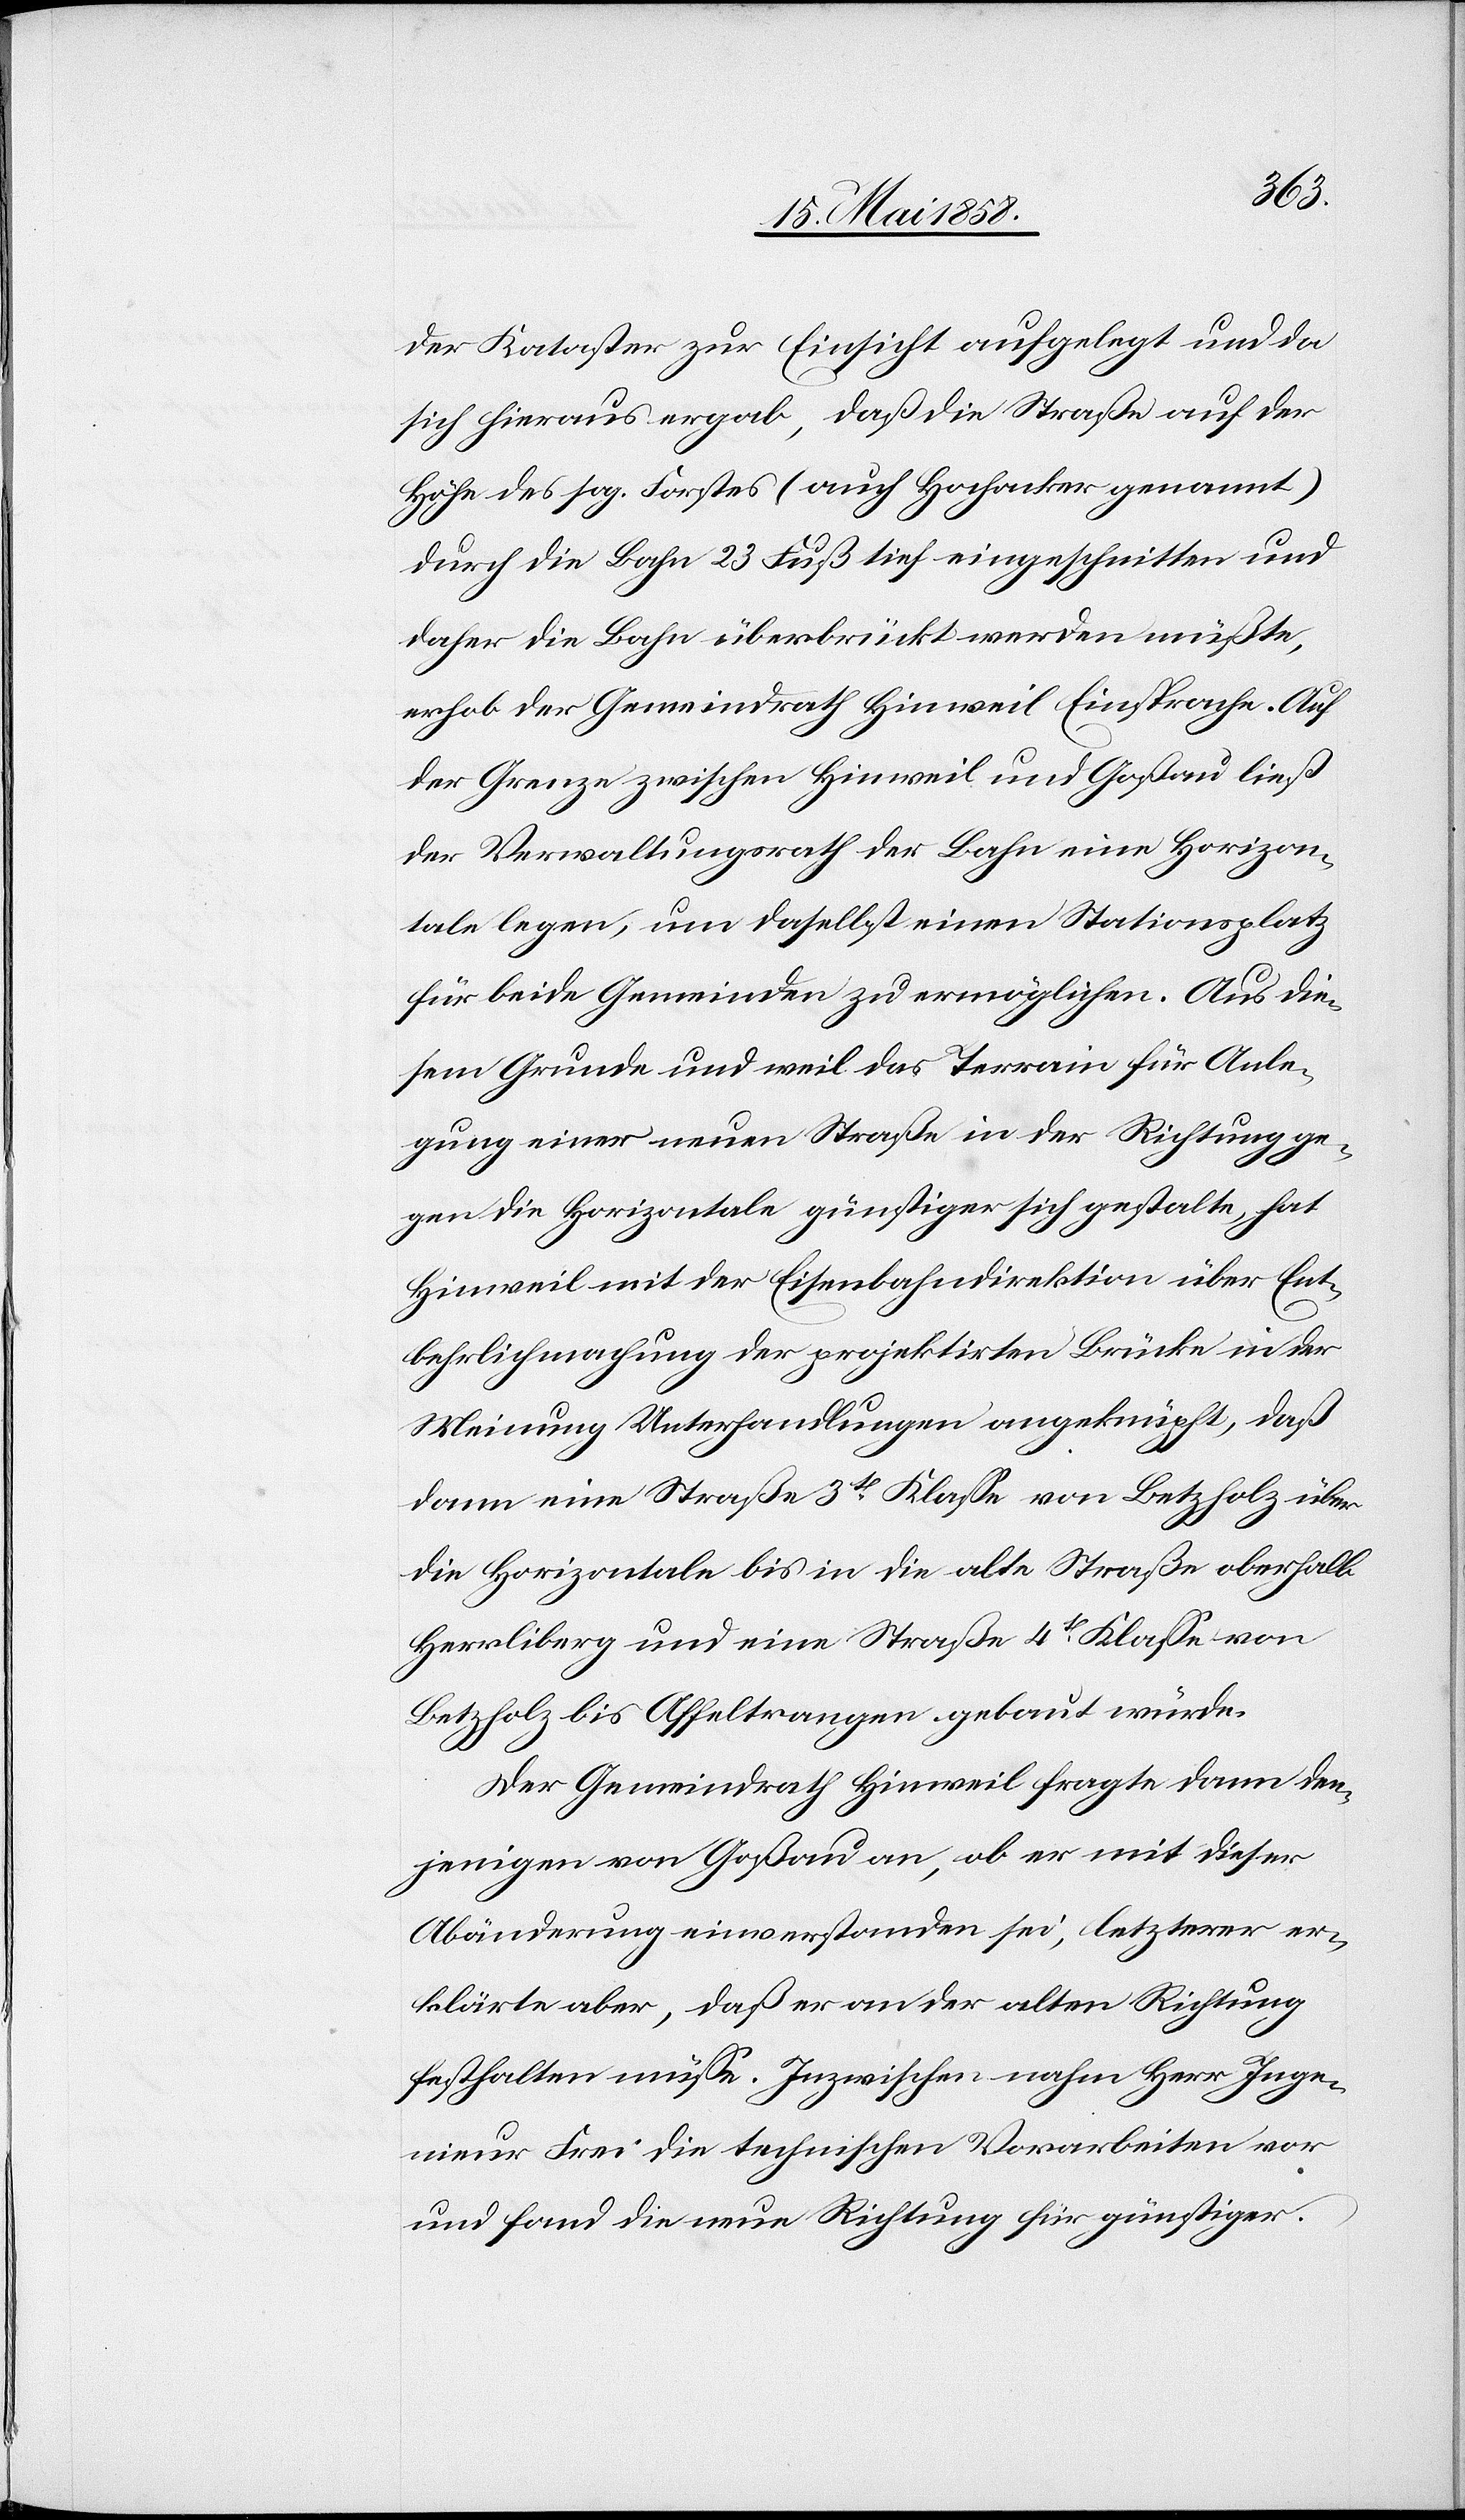
der Kataster zur Einsicht aufgelegt und da
sich hieraus ergab, daß die Straße auf der
Höhe des sog. Forstes (auch Hochacker genannt)
durch die Bahn 23 Fuß tief eingeschnitten und
daher die Bahn überbrück werden müßte,
erhob der Gemeindrath Hinweil Einsprache. Auf
der Grenze zwischen Hinweil und Goßau ließ
der Verwaltungsrath der Bahn eine Horizon¬
tale legen, um daselbst einen Stationsplatz
für beide Gemeinden zu ermöglichen. Aus die¬
sem Grunde und weil das Terrain für Anle¬
gung einer neuen Straße in der Richtung ge¬
gen die Horizontale günstiger sich gestalte, hat
Hinweil mit der Eisenbahndirektion über Ent¬
behrlichmachung der projektirten Brücke in der
Meinung Unterhandlungen angeknüpft, daß
dann eine Straße 3tr Klasse von Betzholz über
die Horizontale bis in die alte Straße oberhalb
Herrliberg und eine Straße 4tr Klasse von
Betzholz bis Affeltrangen gebaut würde.
Der Gemeindrath Hinweil fragte dann den¬
jenigen von Goßau an, ob er mit dieser
Abänderung einverstanden sei, letzterer er¬
klärte aber, daß er an der alten Richtung
festhalten müsse. Inzwischen nahm Herr Inge¬
nieur Frei die technischen Vorarbeiten vor
und fand die neue Richtung für günstiger.